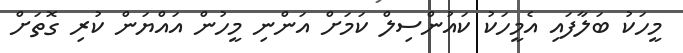
މީހަކު ބަލާފައި އެމީހަކު ކައުންސިލް ކަމަށް އަންނި މީހުން އައްޔަން ކުރި ގޮތަށް